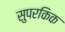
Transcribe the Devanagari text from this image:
सुपरकिक